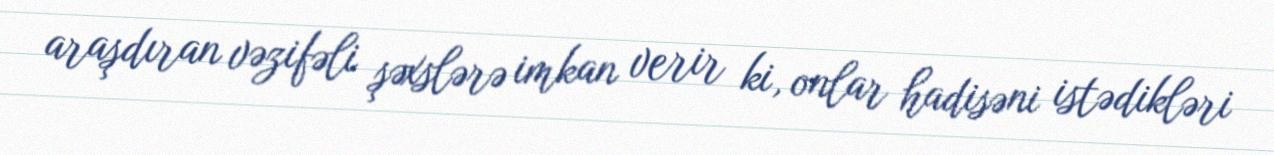
araşdıran vəzifəli şəxslərə imkan verir ki, onlar hadisəni istədikləri